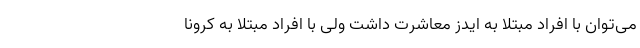
می‌توان با افراد مبتلا به ایدز معاشرت داشت ولی با افراد مبتلا به کرونا